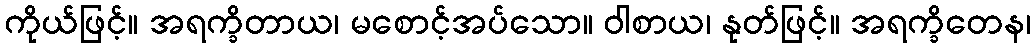
ကိုယ်ဖြင့်။ အရက္ခိတာယ၊ မစောင့်အပ်သော။ ဝါစာယ၊ နုတ်ဖြင့်။ အရက္ခိတေန၊